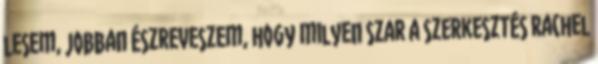
lesem, jobban észreveszem, hogy milyen szar a szerkesztés Rachel